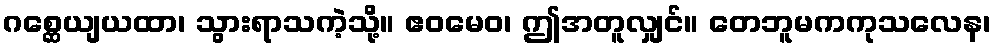
ဂစ္ဆေယျယထာ၊ သွားရာသကဲ့သို့။ ဧဝမေဝ၊ ဤအတူလျှင်။ တေဘူမကကုသလေန၊